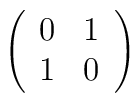
\left( \begin{array}{cc} 0 & 1 \\ 1 & 0                                                                             \end{array} \right)